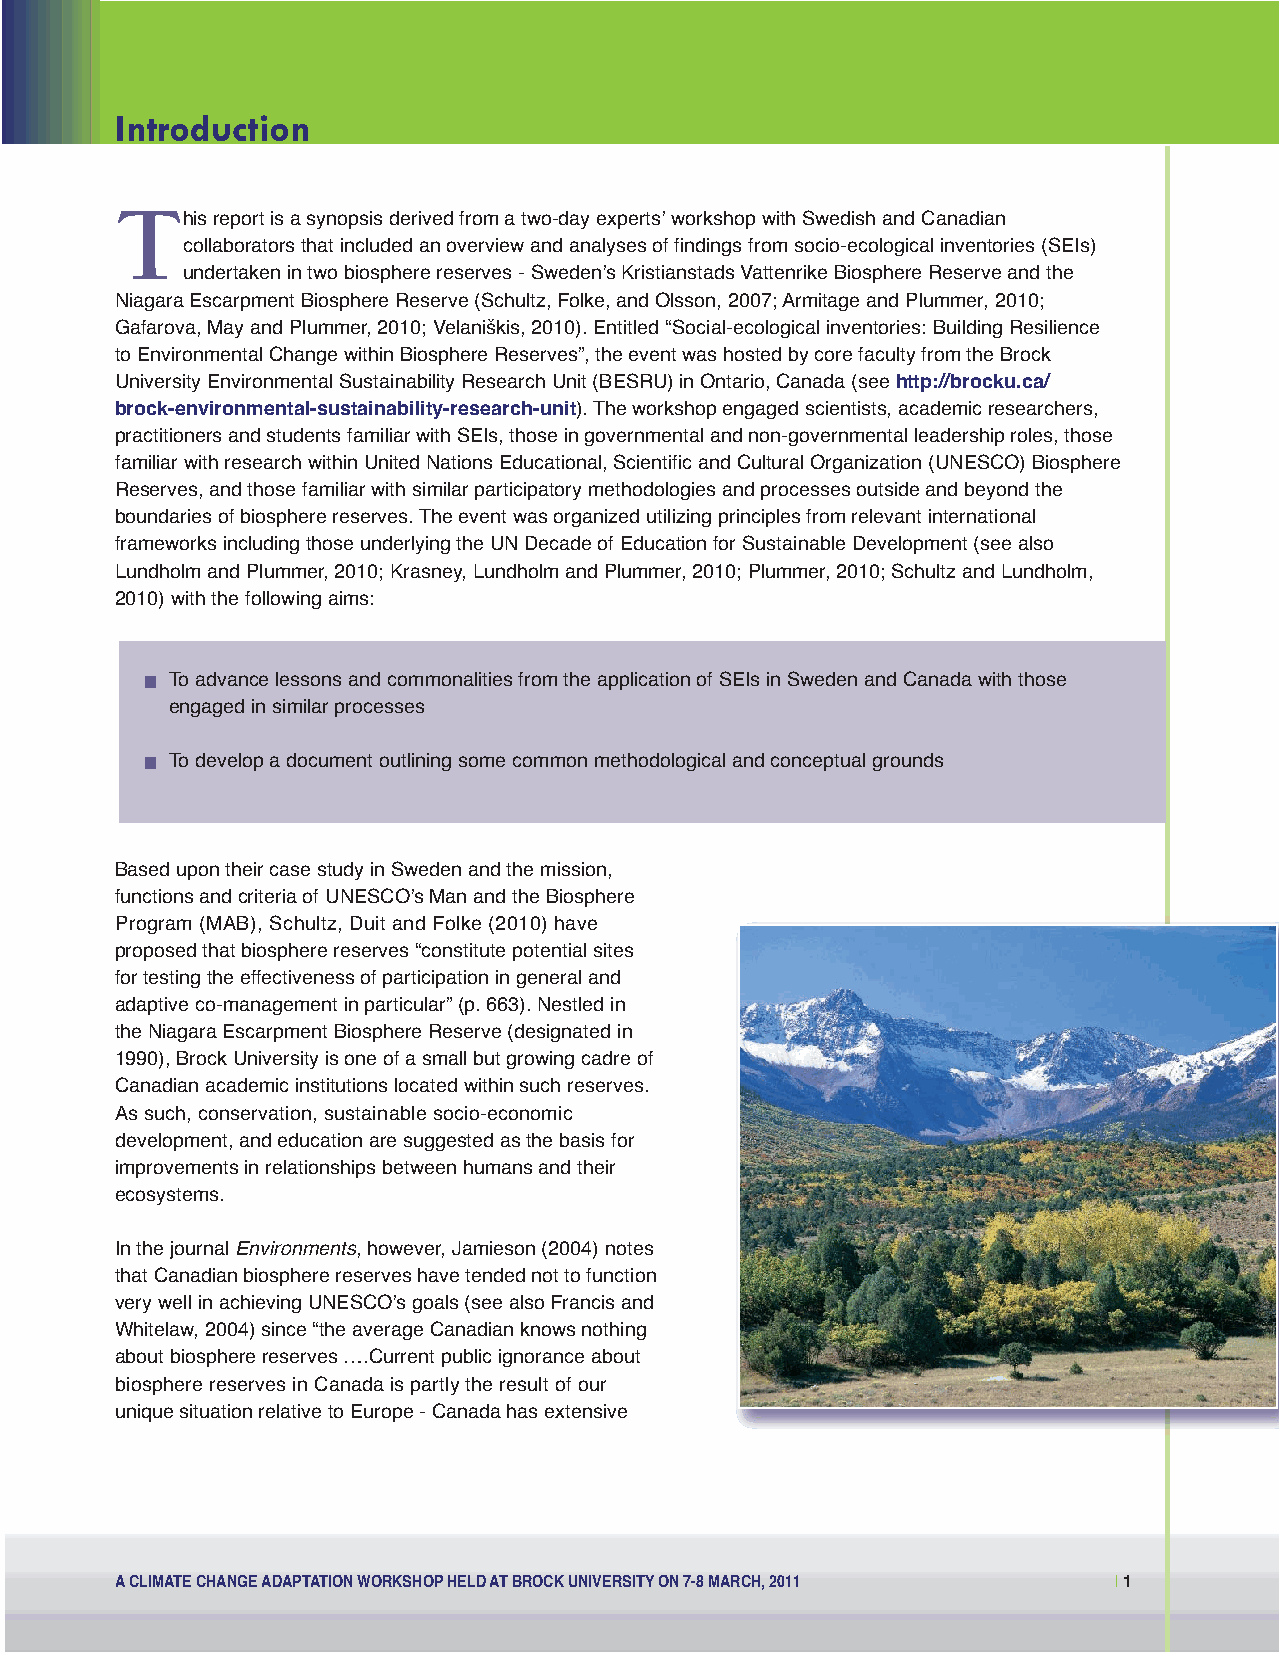
Social Economic:Layout 1 11-07-28 1:51 PM Page 1
 Introduction
 T
 his report is a synopsis derived from a two-day expertsʼ workshop with Swedish and Canadian
 collaborators that included an overview and analyses of findings from socio-ecological inventories (SEIs)
 undertaken in two biosphere reserves - Swedenʼs Kristianstads Vattenrike Biosphere Reserve and the
 Niagara Escarpment Biosphere Reserve (Schultz, Folke, and Olsson, 2007; Armitage and Plummer, 2010;
 Gafarova, May and Plummer, 2010; Velaniškis, 2010). Entitled “Social-ecological inventories: Building Resilience
 to Environmental Change within Biosphere Reserves”, the event was hosted by core faculty from the Brock
 University Environmental Sustainability Research Unit (BESRU) in Ontario, Canada (see http://brocku.ca/
 brock-environmental-sustainability-research-unit). The workshop engaged scientists, academic researchers,
 practitioners and students familiar with SEIs, those in governmental and non-governmental leadership roles, those
 familiar with research within United Nations Educational, Scientific and Cultural Organization (UNESCO) Biosphere
 Reserves, and those familiar with similar participatory methodologies and processes outside and beyond the
 boundaries of biosphere reserves. The event was organized utilizing principles from relevant international
 frameworks including those underlying the UN Decade of Education for Sustainable Development (see also
 Lundholm and Plummer, 2010; Krasney, Lundholm and Plummer, 2010; Plummer, 2010; Schultz and Lundholm,
 2010) with the following aims:
  To advance lessons and commonalities from the application of SEIs in Sweden and Canada with those
 engaged in similar processes
  To develop a document outlining some common methodological and conceptual grounds
 Based upon their case study in Sweden and the mission,
 functions and criteria of UNESCOʼs Man and the Biosphere
 Program (MAB), Schultz, Duit and Folke (2010) have
 proposed that biosphere reserves “constitute potential sites
 for testing the effectiveness of participation in general and
 adaptive co-management in particular” (p. 663). Nestled in
 the Niagara Escarpment Biosphere Reserve (designated in
 1990), Brock University is one of a small but growing cadre of
 Canadian academic institutions located within such reserves.
 As such, conservation, sustainable socio-economic
 development, and education are suggested as the basis for
 improvements in relationships between humans and their
 ecosystems.
 In the journal Environments, however, Jamieson (2004) notes
 that Canadian biosphere reserves have tended not to function
 very well in achieving UNESCOʼs goals (see also Francis and
 Whitelaw, 2004) since “the average Canadian knows nothing
 about biosphere reserves ….Current public ignorance about
 biosphere reserves in Canada is partly the result of our
 unique situation relative to Europe - Canada has extensive
 A CLIMATE CHANGE ADAPTATION WORKSHOP HELD AT BROCK UNIVERSITY ON 7-8 MARCH, 2011 |1